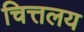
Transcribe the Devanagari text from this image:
चित्तलय